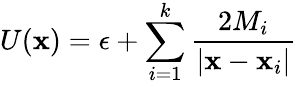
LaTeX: U({\mathbf x})=\epsilon+\sum_{i=1}^{k}\frac{2M_{i}}{|{\mathbf x}-{\mathbf x}_{i}|}